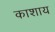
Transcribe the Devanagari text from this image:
काशाय